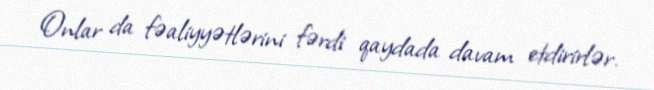
Onlar da fəaliyyətlərini fərdi qaydada davam etdirirlər.